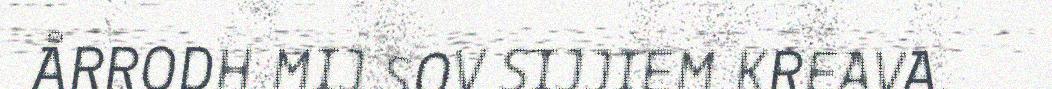
ÅRRODH MIJ SOV SIJJIEM KREAVA.